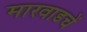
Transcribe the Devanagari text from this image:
मारवाडचें